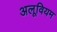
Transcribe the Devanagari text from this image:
अलूवियम